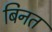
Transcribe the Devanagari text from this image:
बिनत